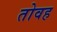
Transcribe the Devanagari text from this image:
तोवह